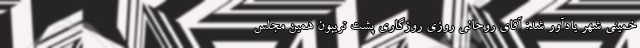
خمینی شهر یادآور شد: آقای روحانی روزی روزگاری پشت تریبون همین مجلس